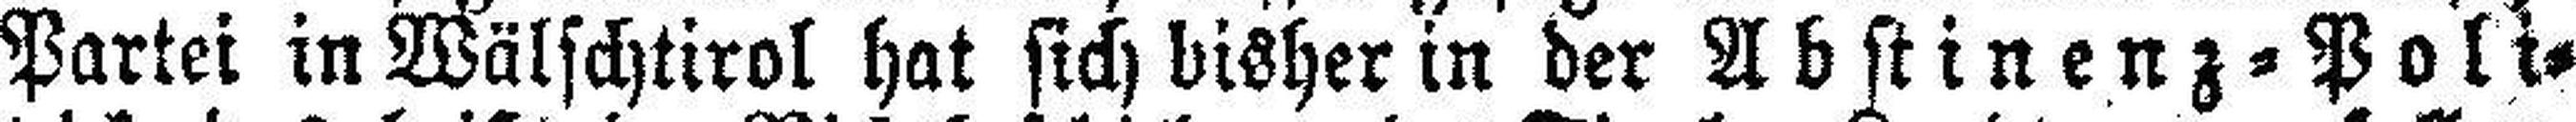
Partei in Wälschtirol hat sich bisher in der Abstinenz=Poli¬